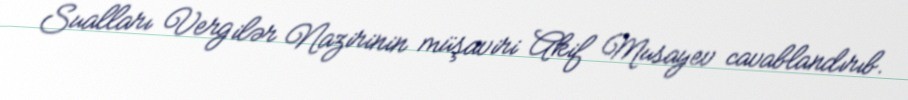
Sualları Vergilər Nazirinin müşaviri Akif Musayev cavablandırıb.